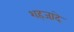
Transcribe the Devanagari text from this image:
शहजा़दे